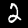
Label: 2